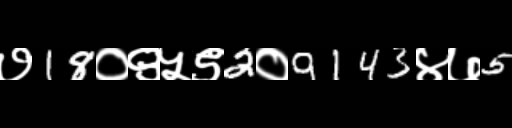
Text: ७18०९५९2०9143४७5